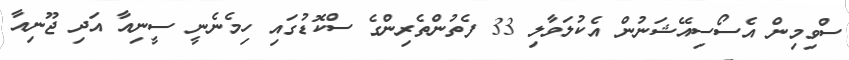
ސްވިމިން އެސޯސިއޭޝަނުން އެކުލަވާލި 33 ފެތުންތެރިންގެ ސްކޮޑުގައި ހިމެނެނީ ސީނިއާ އަދި ޖޫނިއާ